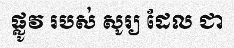
ផ្លូវ របស់ សូរ្យ ដែល ជា